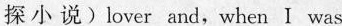
探小 说)lover and,when I was